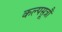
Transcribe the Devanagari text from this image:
कल्पसूत्रौं